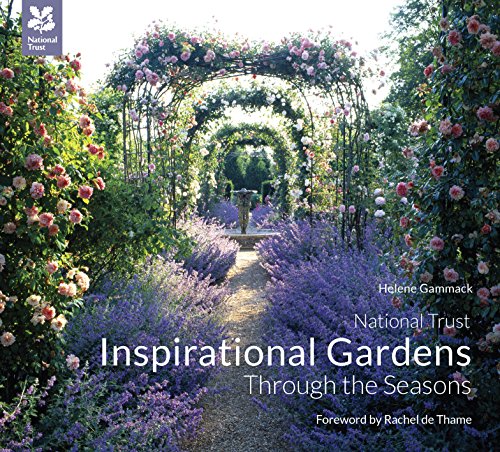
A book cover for Inspirational Gardens Through the Seasons; Helene Gammack; Crafts, Hobbies & Home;